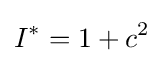
I^{*}=1+c^{2}